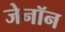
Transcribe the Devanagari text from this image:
जेनॉन